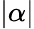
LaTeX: \vert\alpha\vert